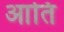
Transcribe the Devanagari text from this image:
आतिं